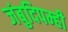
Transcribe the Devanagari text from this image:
जंबुदिपम्ही